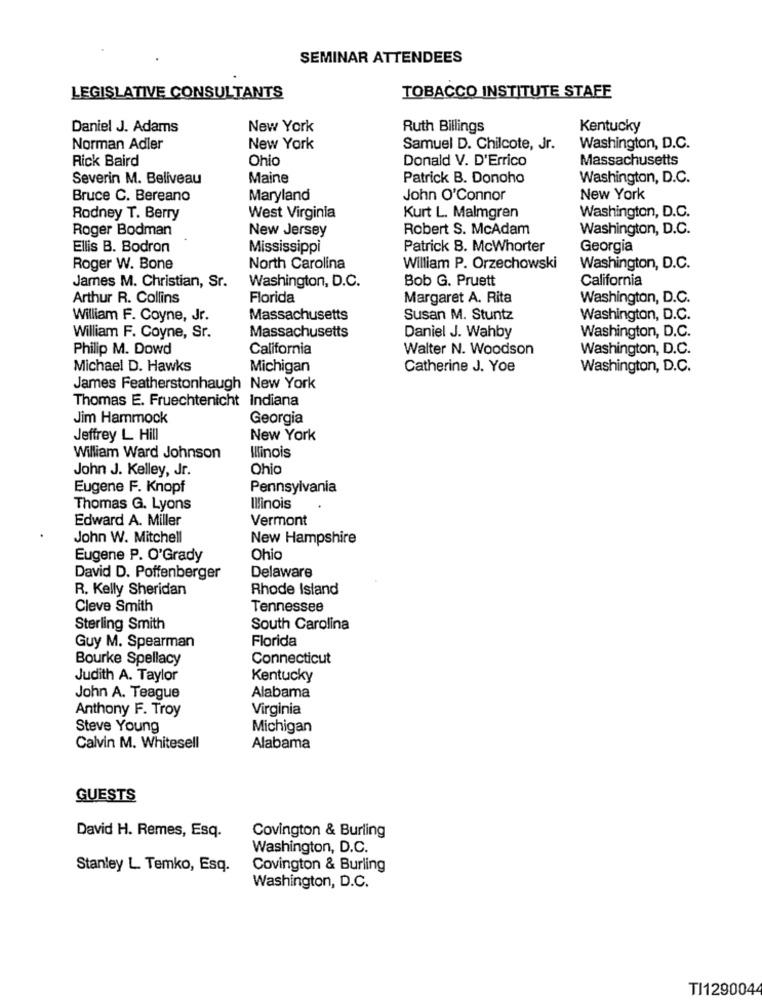
SEMINAR ATTENDEES
LEGISLATIVE CONSULTANTS
TOBACCO INSTITUTE STAFF
Daniel J. Adams
New York
Ruth Billings
Kentucky
Norman Adler
New York
Samuel D. Chilcote, Jr.
Washington, D.C.
Rick Baird
Ohio
Donald V. D'Errico
Massachusetts
Severin M. Beliveau
Maine
Patrick B. Donoho
Washington, D.C.
Bruce C. Bereano
Maryland
John O'Connor
New York
Rodney T. Berry
West Virginia
Kurt L. Malmgren
Washington, D.C.
Roger Bodman
New Jersey
Robert S. McAdam
Washington, D.C.
Ellis B. Bodron
Mississippi
Patrick B. Mcwhorter
Georgia
Roger W. Bone
North Carolina
William P. Orzechowski
Washington, D.C.
Bob G. Pruett
California
James M. Christian, Sr.
Washington, D.C.
Arthur R. Collins
Florida
Margaret A. Rita
Washington, D.C.
William F. Coyne, Jr.
Massachusetts
Susan M. Stuntz
Washington, D.C.
William F. Coyne, Sr.
Massachusetts
Daniel J. Wahby
Washington, D.C.
Philip M. Dowd
California
Walter N. Woodson
Washington, D.C.
Michael D. Hawks
Michigan
Catherine J. Yoe
Washington, D.C.
James Featherstonhaugh New York
Thomas E. Fruechtenicht Indiana
Jim Hammock
Georgia
Jeffrey L Hill
New York
William Ward Johnson
Illinois
John J. Kelley, Jr.
Ohio
Eugene F. Knopf
Pennsylvania
Thomas G. Lyons
Illinois
Edward A. Miller
Vermont
John W. Mitchell
New Hampshire
Eugene P. O'Grady
Ohio
Delaware
David D. Poffenberger
R. Kelly Sheridan
Rhode Island
Cleve Smith
Tennessee
Sterling Smith
South Carolina
Florida
Guy M. Spearman
Bourke Spellacy
Connecticut
Judith A. Taylor
Kentucky
Alabama
John A. Teague
Anthony F. Troy
Virginia
Steve Young
Michigan
Calvin M. Whitesell
Alabama
GUESTS
David H. Remes, Esq.
Covington & Burling
Washington, D.C.
Stanley L Temko, Esq.
Covington & Burling
Washington, D.C.
TI1290044